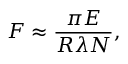
F \approx \frac { \pi E } { R \lambda N } ,